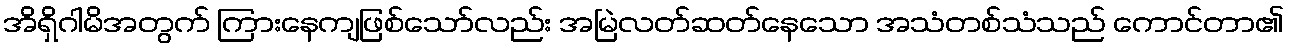
အိရှိဂါမိအတွက် ကြားနေကျဖြစ်သော်လည်း အမြဲလတ်ဆတ်နေသော အသံတစ်သံသည် ကောင်တာ၏